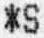
*S